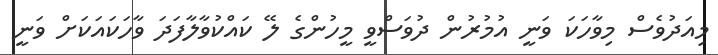
މިއަދުވެސް މިވާހަކަ ވަނީ އުމުރުން ދުވަސްވީ މީހުންގެ ލޭ ކައްކުވާލާފަދަ ވާހަކައަކަށް ވަނީ